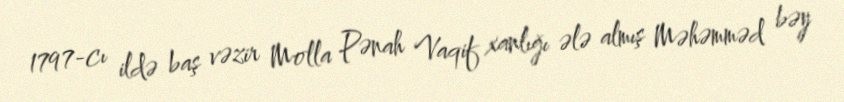
1797-cı ildə baş vəzir Molla Pənah Vaqif xanlığı ələ almış Məhəmməd bəy